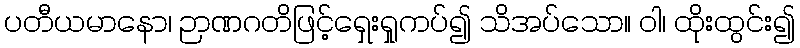
ပတီယမာနော၊ ဉာဏဂတိဖြင့်ရှေးရှုကပ်၍ သိအပ်သော။ ဝါ၊ ထိုးထွင်း၍